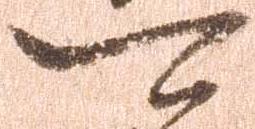
可